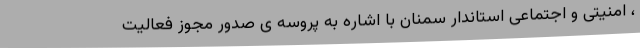
، امنیتی و اجتماعی استاندار سمنان با اشاره به پروسه ی صدور مجوز فعالیت